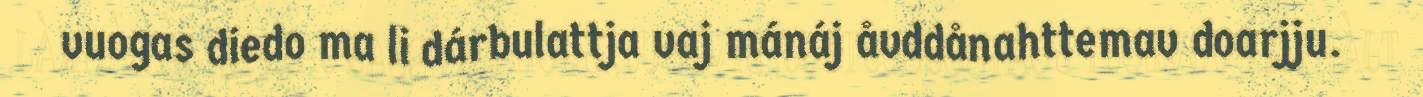
vuogas diedo ma li dárbulattja vaj mánáj åvddånahttemav doarjju.